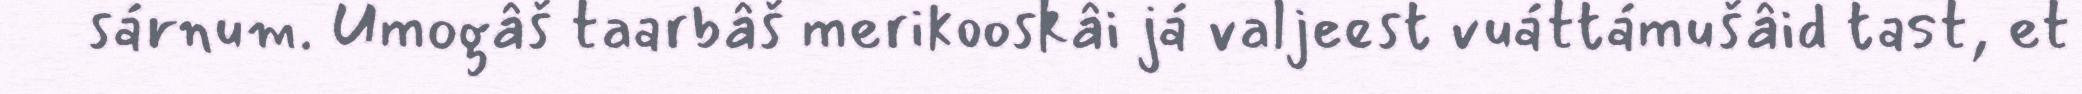
sárnum. Umogâš taarbâš merikooskâi já valjeest vuáttámušâid tast, et